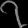
Digit: ၇